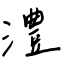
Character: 澧